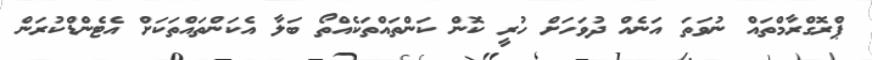
ޕްރޮގްރާމްތައް ނުވަތަ އަނެއް ދުވަހަށް ހުރީ ކޮން ކަންތައްތަކެއްތޯ ބަލާ އެކަންތައްތަކަށް އެޓެންޑްކުރަން